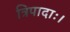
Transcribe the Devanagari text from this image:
त्रिपादाः।